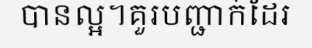
បានល្អ។គួរបញ្ជាក់ដែរ